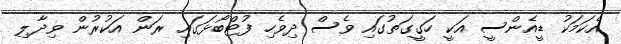
އެކަމަކު ޑީއެންސީ އަކީ ހަގީގަތުގައި ވެސް ދިވެހި ފުޓްބޯޅަގައި ރަން އަކުރުން ވިދާލި